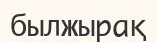
былжырақ